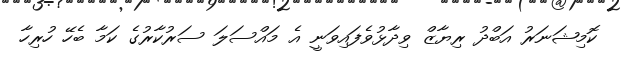
ކޮމިޝަނަރު އަބްދު ރިޔާޒް ވިދާޅުވެފައިވަނީ އެ މައްސަލަ ސަރުކާރުގެ ކަމާ ބެހޭ ހުރިހާ